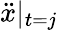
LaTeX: \ddot{x}\vert_{t=j}